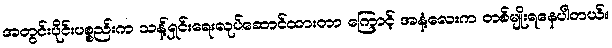
အတွင်းပိုင်းပစ္စည်းက သန့်ရှင်းရေးလုပ်ဆောင်ထားတာ ကြောင့် အနံ့လေးက တစ်မျိုးရနေပါတယ်။